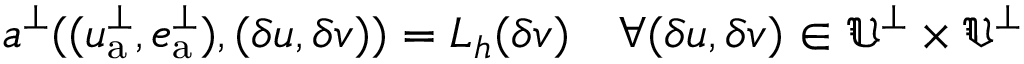
\begin{array} { r } { a ^ { \perp } ( ( \mathfrak { u } _ { \mathrm { a } } ^ { \perp } , \mathfrak { e } _ { \mathrm { a } } ^ { \perp } ) , ( \delta \mathfrak { u } , \delta \mathfrak { v } ) ) = L _ { h } ( \delta \mathfrak { v } ) \quad \forall ( \delta \mathfrak { u } , \delta \mathfrak { v } ) \in \ensuremath { \mathfrak { U } } ^ { \perp } \times \ensuremath { \mathfrak { V } } ^ { \perp } } \end{array}